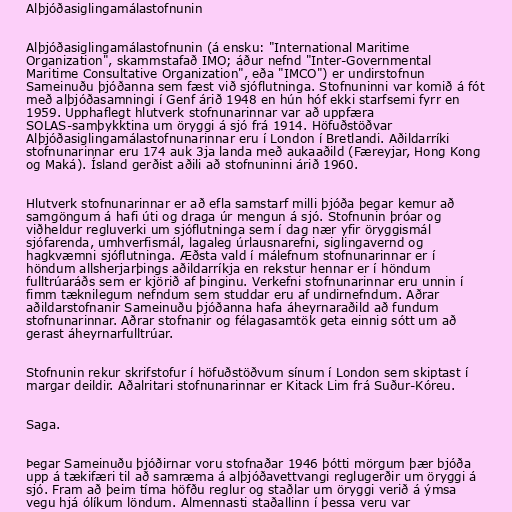
Alþjóðasiglingamálastofnunin

Alþjóðasiglingamálastofnunin (á ensku: "International Maritime
Organization", skammstafað IMO; áður nefnd "Inter-Governmental
Maritime Consultative Organization", eða "IMCO") er undirstofnun
Sameinuðu þjóðanna sem fæst við sjóflutninga. Stofnuninni var komið á fót
með alþjóðasamningi í Genf árið 1948 en hún hóf ekki starfsemi fyrr en
1959. Upphaflegt hlutverk stofnunarinnar var að uppfæra
SOLAS-samþykktina um öryggi á sjó frá 1914. Höfuðstöðvar
Alþjóðasiglingamálastofnunarinnar eru í London í Bretlandi. Aðildarríki
stofnunarinnar eru 174 auk 3ja landa með aukaaðild (Færeyjar, Hong Kong
og Maká). Ísland gerðist aðili að stofnuninni árið 1960.

Hlutverk stofnunarinnar er að efla samstarf milli þjóða þegar kemur að
samgöngum á hafi úti og draga úr mengun á sjó. Stofnunin þróar og
viðheldur regluverki um sjóflutninga sem í dag nær yfir öryggismál
sjófarenda, umhverfismál, lagaleg úrlausnarefni, siglingavernd og
hagkvæmni sjóflutninga. Æðsta vald í málefnum stofnunarinnar er í
höndum allsherjarþings aðildarríkja en rekstur hennar er í höndum
fulltrúaráðs sem er kjörið af þinginu. Verkefni stofnunarinnar eru unnin í
fimm tæknilegum nefndum sem studdar eru af undirnefndum. Aðrar
aðildarstofnanir Sameinuðu þjóðanna hafa áheyrnaraðild að fundum
stofnunarinnar. Aðrar stofnanir og félagasamtök geta einnig sótt um að
gerast áheyrnarfulltrúar.

Stofnunin rekur skrifstofur í höfuðstöðvum sínum í London sem skiptast í
margar deildir. Aðalritari stofnunarinnar er Kitack Lim frá Suður-Kóreu.

Saga.

Þegar Sameinuðu þjóðirnar voru stofnaðar 1946 þótti mörgum þær bjóða
upp á tækifæri til að samræma á alþjóðavettvangi reglugerðir um öryggi á
sjó. Fram að þeim tíma höfðu reglur og staðlar um öryggi verið á ýmsa
vegu hjá ólíkum löndum. Almennasti staðallinn í þessa veru var